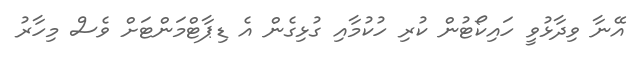
އޭނާ ވިދާޅުވީ ހައިކޯޓުން ކުރި ހުކުމާއި ގުޅިގެން އެ ޑިޕާޓްމަންޓަށް ވެސް މިހާރު